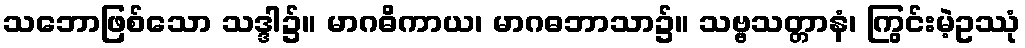
သဘောဖြစ်သော သဒ္ဒါ၌။ မာဂဓိကာယ၊ မာဂဓဘာသာ၌။ သဗ္ဗသတ္တာနံ၊ ကြွင်းမဲ့ဥဿုံ